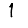
Digit: 1